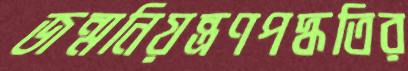
জন্মনিয়ন্ত্রণপদ্ধতির